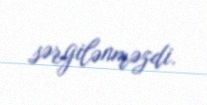
sərgilənməzdi.